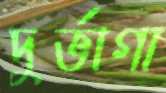
দুর্ভাগা